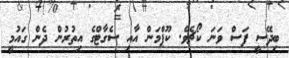
ބިދޭސީ ފަސް ވަނަ ކޯޗެވެ. ކޫޕްމަން އާއި ސެގާޓްގެ އިތުރުން ދެން ގައުމީ